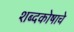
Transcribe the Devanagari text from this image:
शब्दकोषाचे